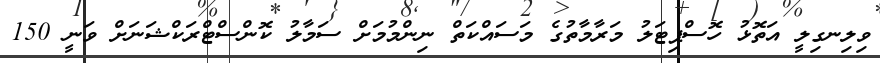
ވިލިނގިލީ އަތޮޅު ހޮސްޕިޓަލު މަރާމާތުގެ މަސައްކަތް ނިންމުމަށް ސަމާލު ކޮންސްޓްރަކްޝަނަށް ވަނީ 150